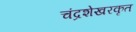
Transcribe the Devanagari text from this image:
चंद्रशेखरकृत